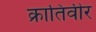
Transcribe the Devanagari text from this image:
क्रातिवीर